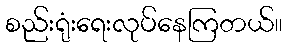
စည်းရုံးရေးလုပ်နေကြတယ်။